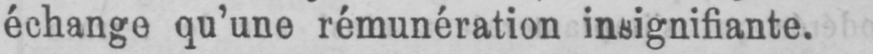
échange qu’une rémunération insignifiante.